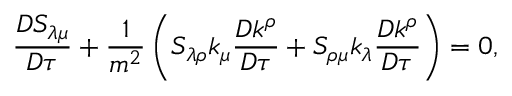
{ \frac { D S _ { \lambda \mu } } { D \tau } } + { \frac { 1 } { m ^ { 2 } } } \left( S _ { \lambda \rho } k _ { \mu } { \frac { D k ^ { \rho } } { D \tau } } + S _ { \rho \mu } k _ { \lambda } { \frac { D k ^ { \rho } } { D \tau } } \right) = 0 ,